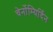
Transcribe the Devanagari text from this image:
चेर्नोम्यिर्दिन